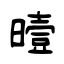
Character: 曀